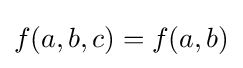
f(a,b,c)=f(a,b)